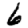
Digit: 6